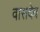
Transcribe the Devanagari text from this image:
वासदेव